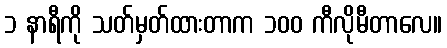
၁ နာရီကို သတ်မှတ်ထားတာက ၁၀၀ ကီလိုမီတာလေ။